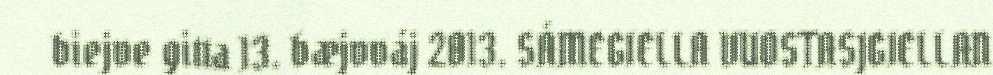
biejve gitta 13. bæjvváj 2013. SÁMEGIELLA VUOSTASJGIELLAN